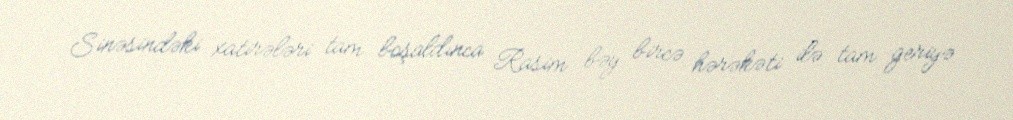
Sinəsindəki xatirələri tam boşaldınca Rasim bəy bircə hərəkəti ilə tam geriyə